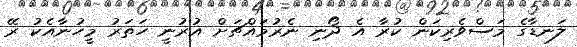
ލަނޑާގެ މަސްވެރިކަން ކުރާ އެ ދޯނި ނެރުމައްޗަށް އުރުނީ ހަތަރު މީހުނާއެކު ރޭ